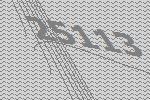
25113